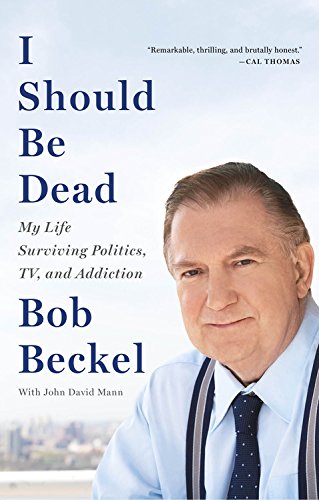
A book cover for I Should Be Dead: My Life Surviving Politics, TV, and Addiction; Bob Beckel; Biographies & Memoirs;